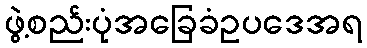
ဖွဲ့စည်းပုံအခြေခံဥပဒေအရ